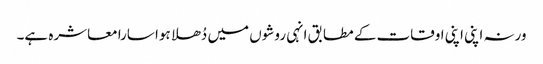
ورنہ اپنی اپنی اوقات کے مطابق انہی روشوں میں دُھلا ہوا سارا معاشرہ ہے۔